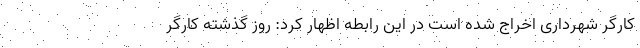
کارگر شهرداری اخراج شده است در این رابطه اظهار کرد: روز گذشته کارگر